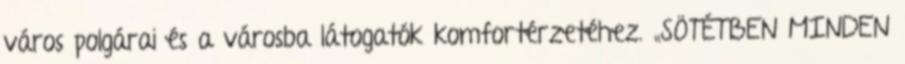
város polgárai és a városba látogatók komfortérzetéhez. „SÖTÉTBEN MINDEN